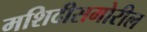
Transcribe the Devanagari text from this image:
मशिदीसमोरील